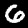
Digit: 6